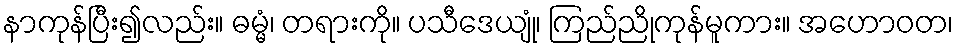
နာကုန်ပြီး၍လည်း။ ဓမ္မံ၊ တရားကို။ ပသီဒေယျုံ၊ ကြည်ညိုကုန်မူကား။ အဟောဝတ၊